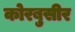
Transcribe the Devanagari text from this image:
कोरबुसीर